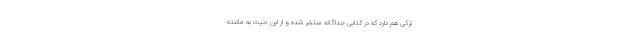
ترکی هم دارد که در کتابی جداگانه منتشر شده و از این حیث به ماننده